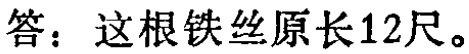
答：这根铁丝原长12尺。